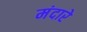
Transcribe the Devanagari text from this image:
मंदारे